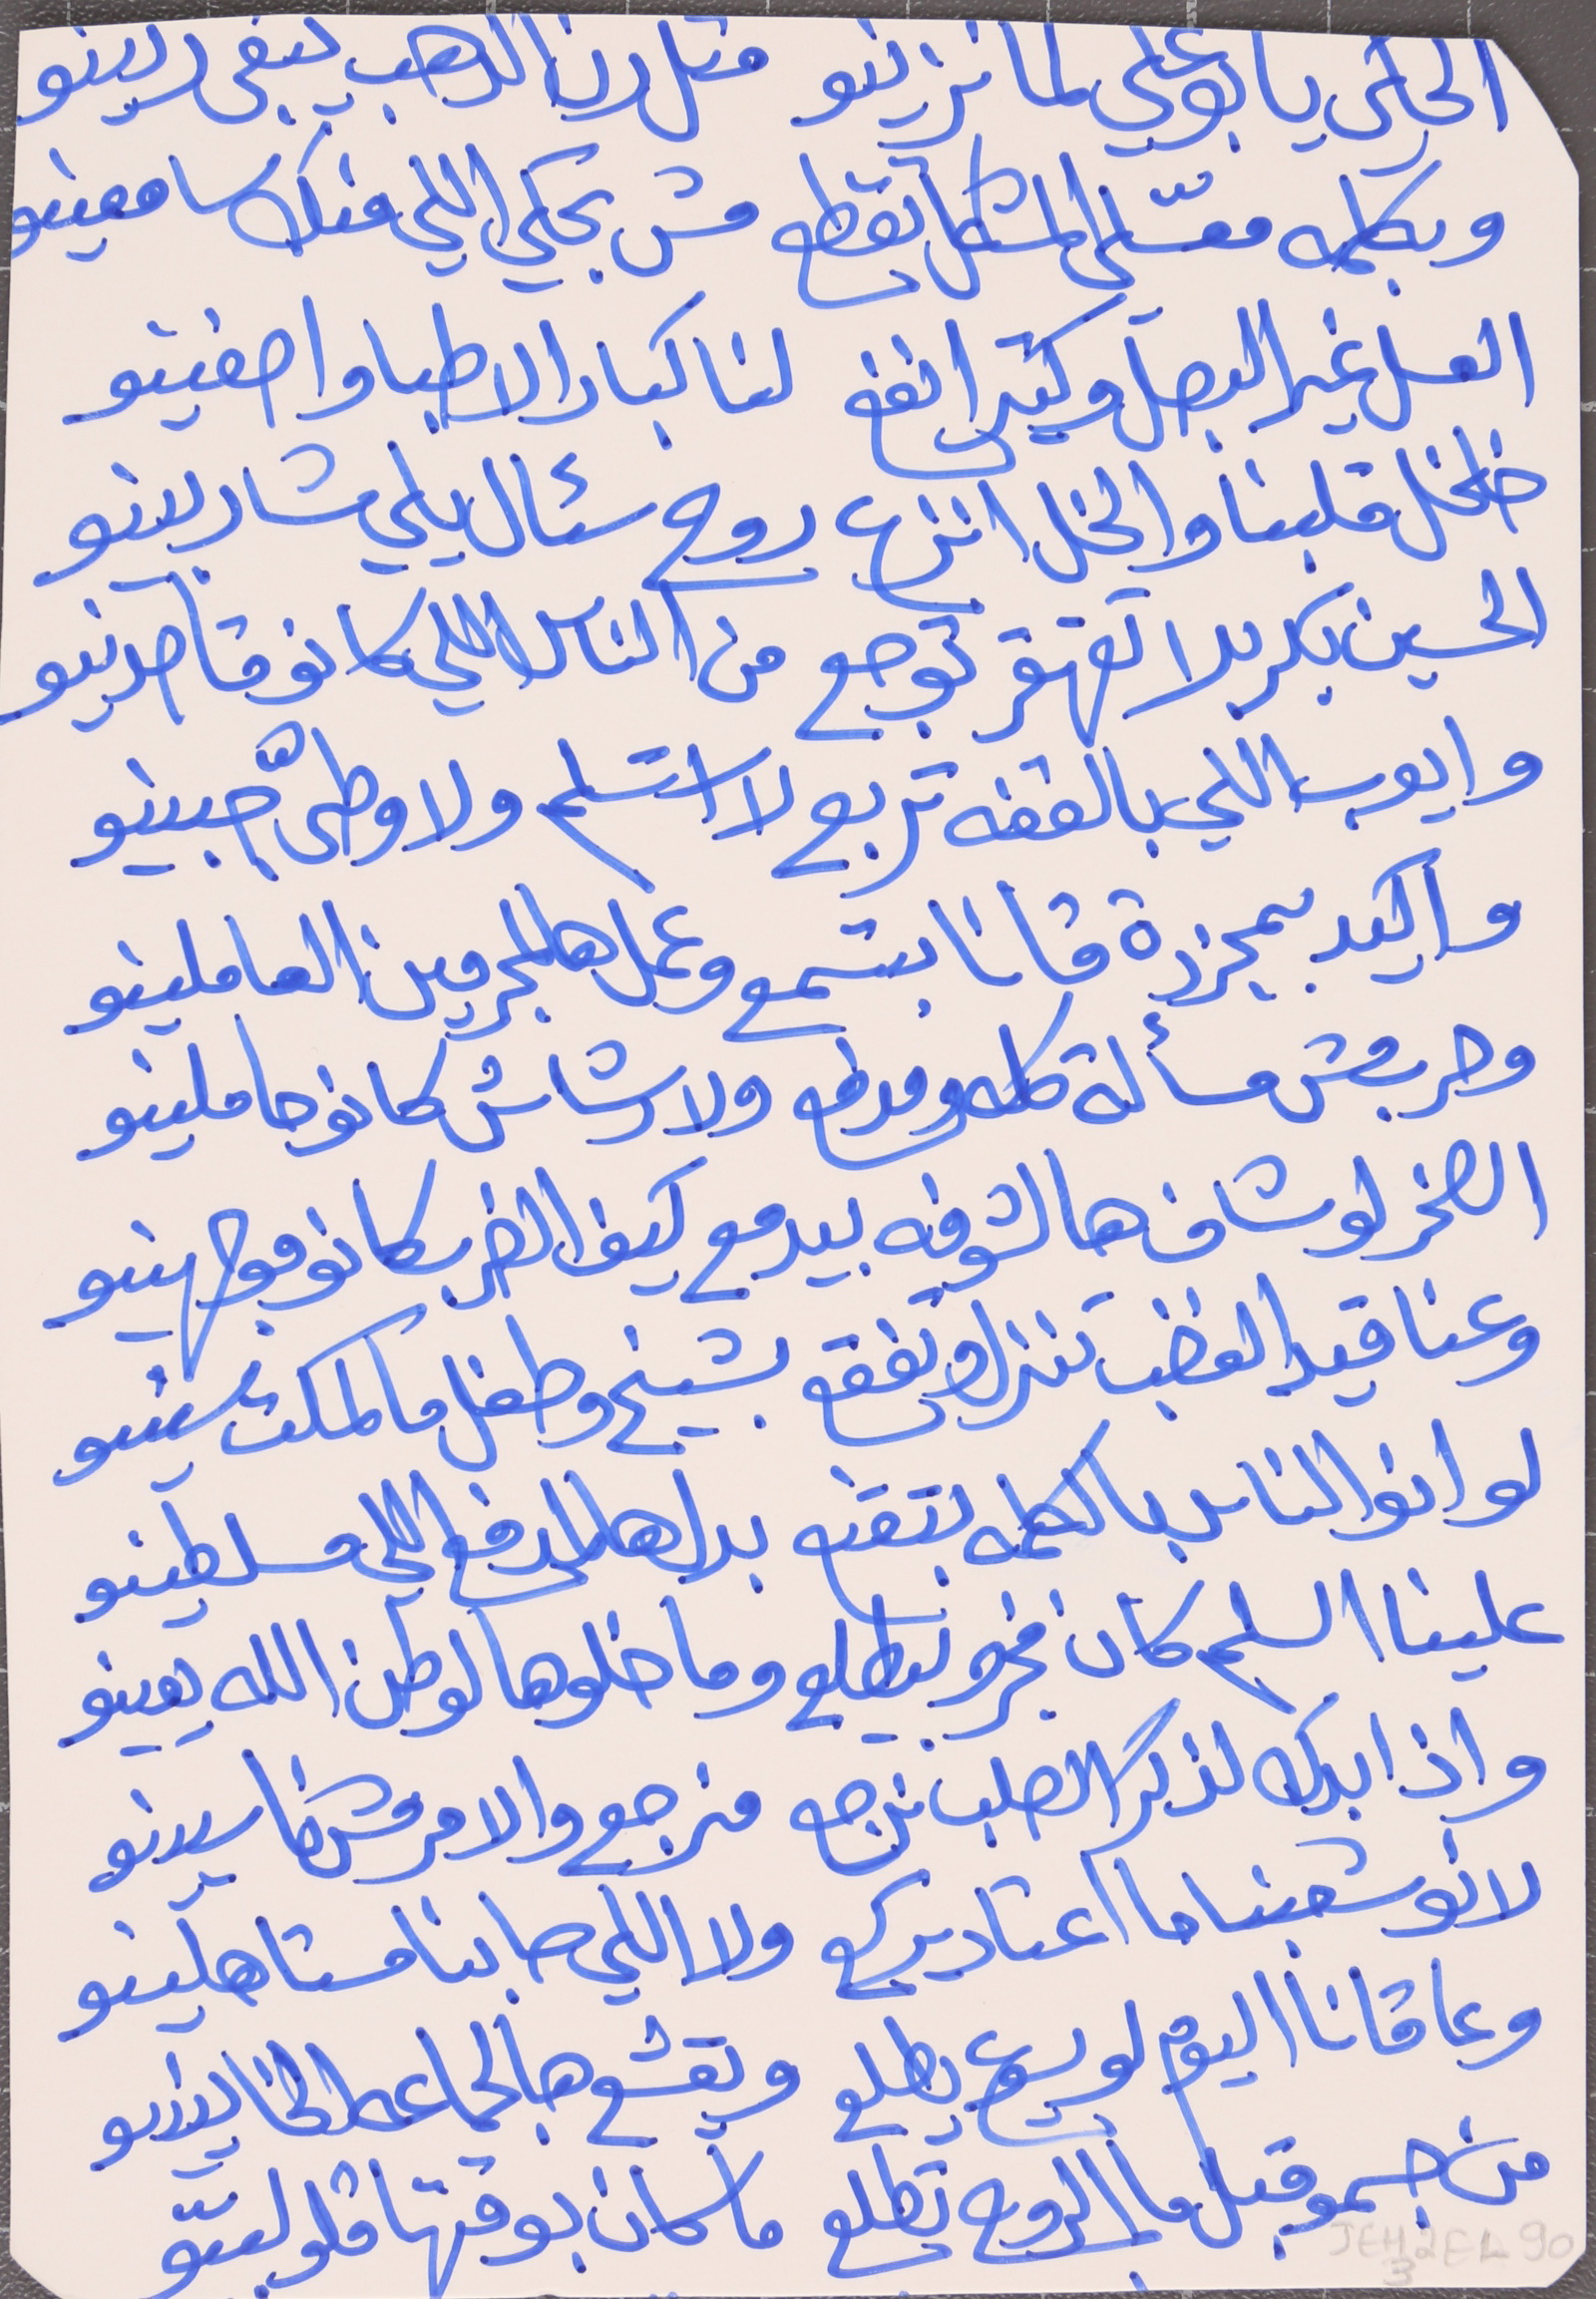
الحكي يا بو علي لما تزينو     متل رن الدهب يبقى رىينو
وبكلمه معسّلي المشكل لقطع     مش بحكي اللي منك سامعينو
العسل غير البصل وكتير انفع     لنا كبار الاطبا واصفينو
خلخل قلبنا والخل انزع     روح سئال يلي شاربينو
 الحسين بكربلا تقهقر توجع     من الناس اللي كانو قاصدينو
وايوب اللي بالقفه تربع     لا استسلم ولا وطّى جبينو
واكيد بمجرزة قانا بتسمع     وعمل هالمجرمين العاملينو
وحرب مش مسألة كله ومدفع     ولا رشاش كانو حاملينو
الصخر لو شاف هالشوفه بيدمع     كيف الضرب كانو موجهينو
وعناقيد الغضب تنزل وتفقع     بشيخ وطفل ما كملت سنيىو
لو انو الناس بالكلمه بتقنع     بدل هالمدفع اللي مسلطينو
علينا السلم كان فجرو بيطلع     وما خلو هالوطن الله يعينو
واذا بدك لذكر الصلب نرجع     منرجع والامر مش ناسيينو
لانو شعبنا ما اعتاد يركع     ولا اللي صابنا مستاهلينو
وعا قانا اليوم لو يسوع يطلع     ويقشع هالجماعه الخاينيىو
من جسمو قبل ما الروح تطلع     ما كان بوقتها قلو لبىّو
JEH2F1-903